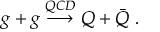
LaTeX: g + g \stackrel { Q C D } { \longrightarrow } Q + \bar { Q } \; .